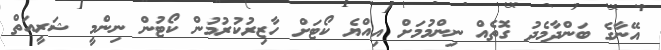
އޭނާގެ ބަންދާމެދު ގޮތެއް ނިންމުމަށް އިއްޔެ ކޯޓަށް ހާޒިރުކުރުމުން ކޯޓުން ނިންމީ ޝަރީއަތް